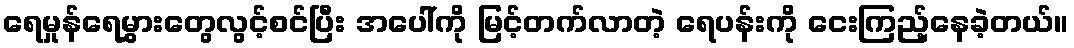
ရေမှုန်ရေမွှားတွေလွင့်စင်ပြီး အပေါ်ကို မြင့်တက်လာတဲ့ ရေပန်းကို ငေးကြည့်နေခဲ့တယ်။